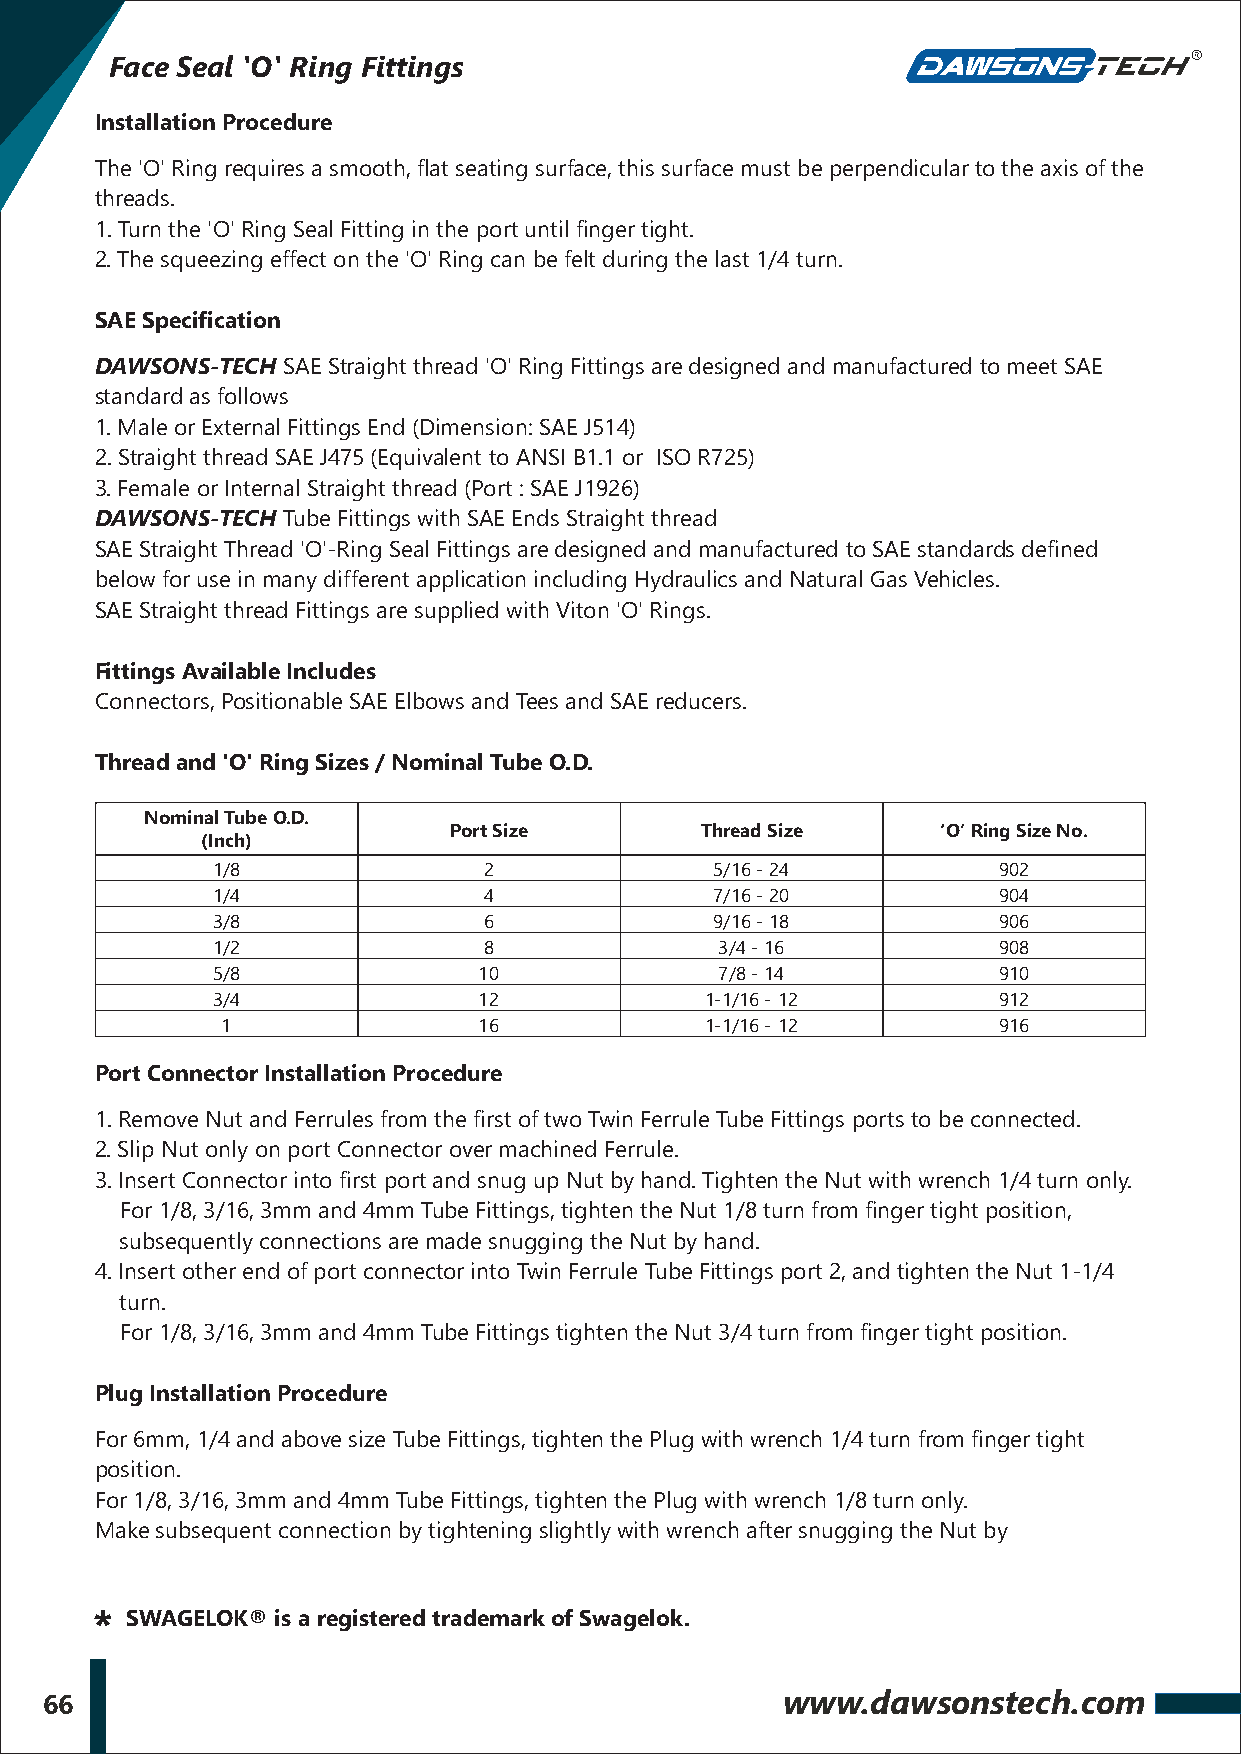
Face Seal 'O' Ring Fittings
 Installation Procedure
 The 'O' Ring requires a smooth, flat seating surface, this surface must be perpendicular to the axis of the
 threads.
 1. Turn the 'O' Ring Seal Fitting in the port until finger tight.
 2. The squeezing effect on the 'O' Ring can be felt during the last 1/4 turn.
 SAE Specification
 DAWSONS-TECH SAE Straight thread 'O' Ring Fittings are designed and manufactured to meet SAE
 standard as follows
 1. Male or External Fittings End (Dimension: SAE J514)
 2. Straight thread SAE J475 (Equivalent to ANSI B1.1 or ISO R725)
 3. Female or Internal Straight thread (Port : SAE J1926)
 DAWSONS-TECH Tube Fittings with SAE Ends Straight thread
 SAE Straight Thread 'O'-Ring Seal Fittings are designed and manufactured to SAE standards defined
 below for use in many different application including Hydraulics and Natural Gas Vehicles.
 SAE Straight thread Fittings are supplied with Viton 'O' Rings.
 Fittings Available Includes
 Connectors, Positionable SAE Elbows and Tees and SAE reducers.
 Thread and 'O' Ring Sizes / Nominal Tube O.D.
 Nominal Tube O.D.
 Port Size       Thread Size     ‘O’ Ring Size No.
 (Inch)
 1/8               2              5/16 - 24          902
 1/4               4              7/16 - 20          904
 3/8               6              9/16 - 18          906
 1/2               8               3/4 - 16          908
 5/8               10              7/8 - 14          910
 3/4               12             1-1/16 - 12        912
 1                16             1-1/16 - 12        916
 Port Connector Installation Procedure
 1. Remove Nut and Ferrules from the first of two Twin Ferrule Tube Fittings ports to be connected.
 2. Slip Nut only on port Connector over machined Ferrule.
 3. Insert Connector into first port and snug up Nut by hand. Tighten the Nut with wrench 1/4 turn only.
 For 1/8, 3/16, 3mm and 4mm Tube Fittings, tighten the Nut 1/8 turn from finger tight position,
 subsequently connections are made snugging the Nut by hand.
 4. Insert other end of port connector into Twin Ferrule Tube Fittings port 2, and tighten the Nut 1-1/4
 turn.
 For 1/8, 3/16, 3mm and 4mm Tube Fittings tighten the Nut 3/4 turn from finger tight position.
 Plug Installation Procedure
 For 6mm, 1/4 and above size Tube Fittings, tighten the Plug with wrench 1/4 turn from finger tight
 position.
 For 1/8, 3/16, 3mm and 4mm Tube Fittings, tighten the Plug with wrench 1/8 turn only.
 Make subsequent connection by tightening slightly with wrench after snugging the Nut by
 * SWAGELOK® is a registered trademark of Swagelok.
 66                                               www.dawsonstech.com